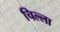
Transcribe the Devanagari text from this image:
चिल्‍ला